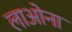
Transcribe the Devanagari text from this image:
लाओना